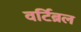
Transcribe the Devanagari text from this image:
वर्टिब्रल